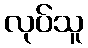
လုပ်သူ